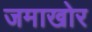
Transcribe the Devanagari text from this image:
जमाखोर